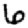
Digit: 6